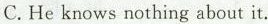
C.He knows nothing about it.